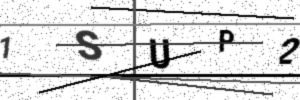
Text: 1SUP2